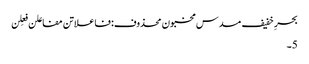
بحرِ خفیف مسدس مخبون محذوف:فاعلاتن مفاعلن فعِلن
5۔